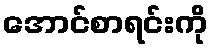
အောင်စာရင်းကို